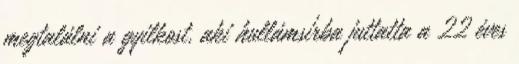
megtalálni a gyilkost, aki hullámsírba juttatta a 22 éves